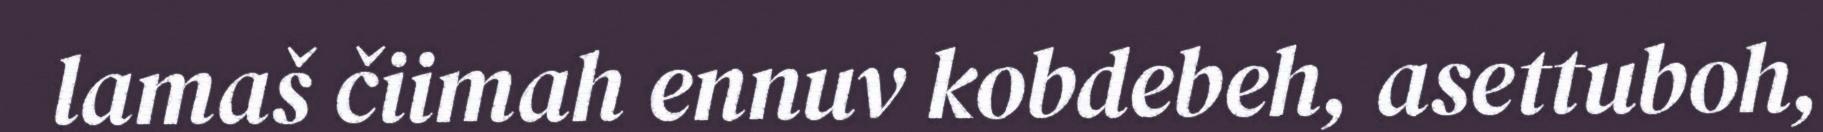
lamaš čiimah ennuv kobdebeh, asettuboh,